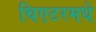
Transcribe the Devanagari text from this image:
थिएटरमधे